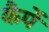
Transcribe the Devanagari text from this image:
कैपें